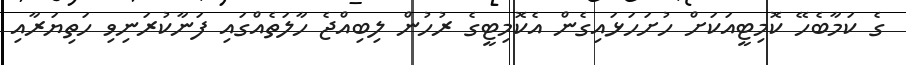
ގެ ކަމާބެހޭ ކޮމިޓީއަކަށް ހުށަހަޅައިގެން އެކޮމިޓީގެ ރުހުން ލިބިއްޖެ ހާލަތެއްގައި ފަނާކުރަނިވި ހަތިޔަރާއި